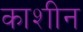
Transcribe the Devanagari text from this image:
काशीन